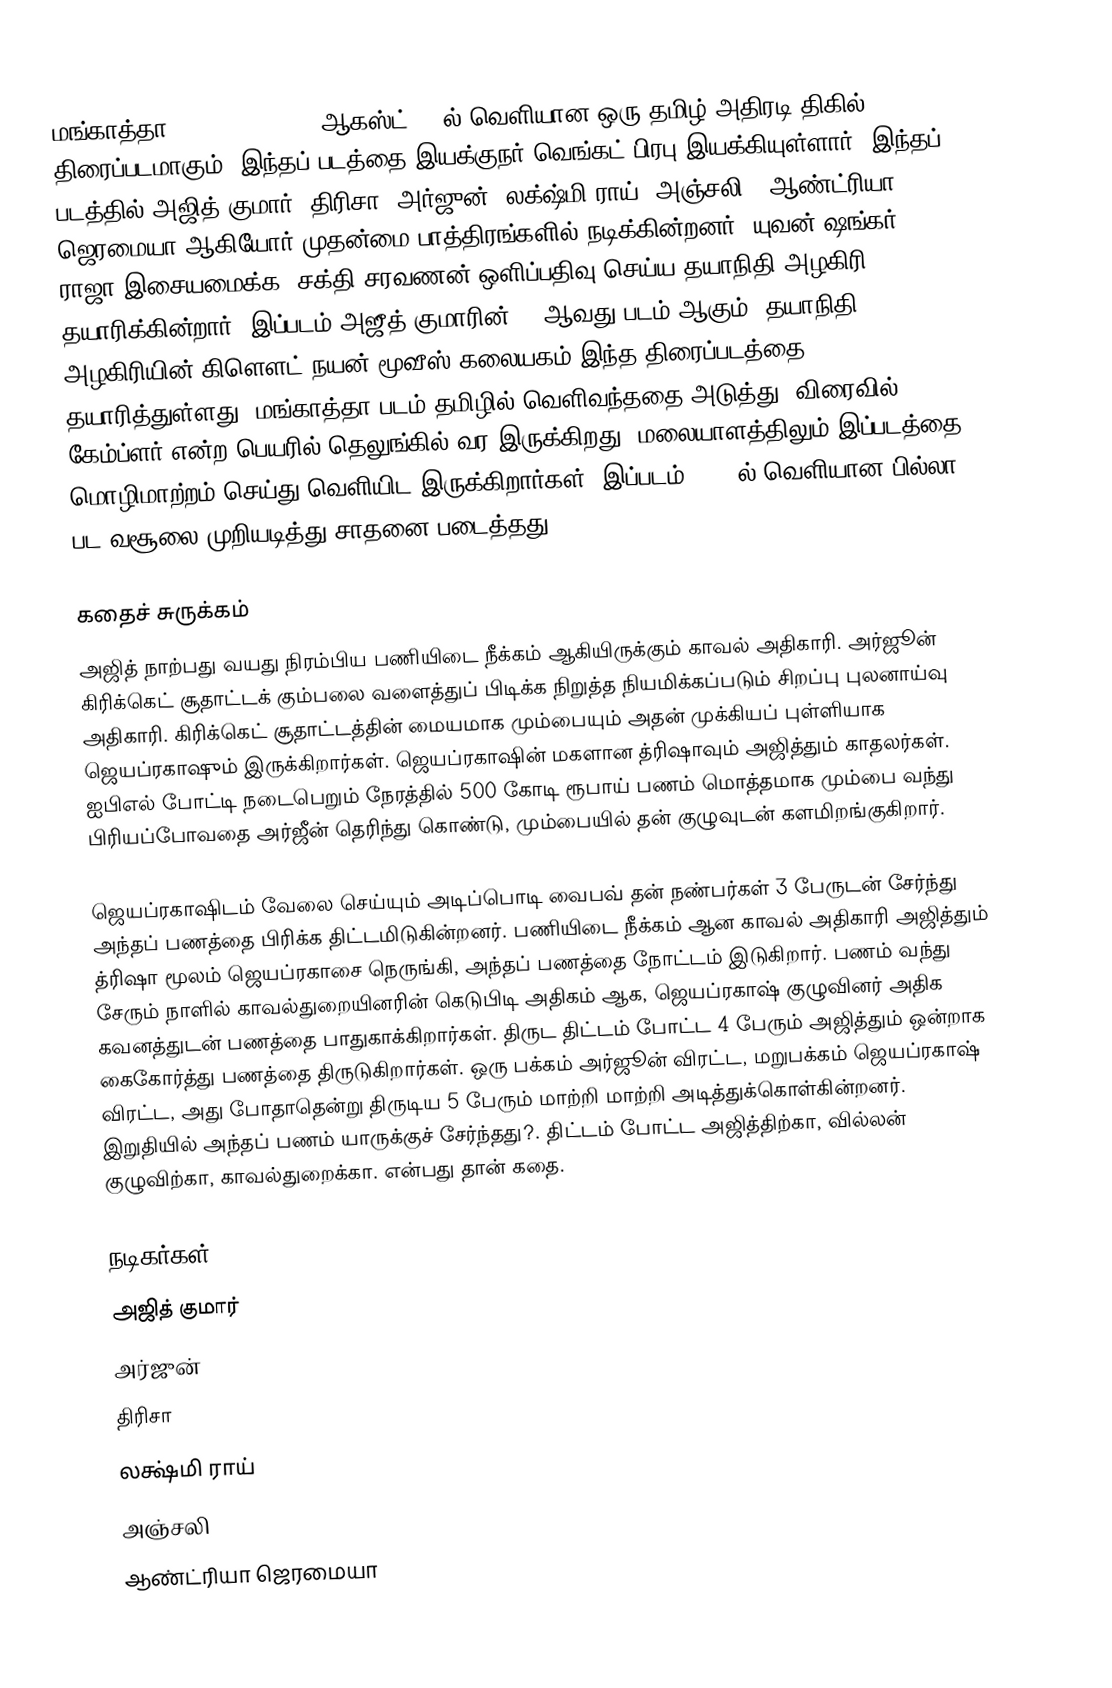
மங்காத்தா (Mankatha) 2011 ஆகஸ்ட் 31 ல் வெளியான ஒரு தமிழ் அதிரடி திகில் திரைப்படமாகும். இந்தப் படத்தை இயக்குநர் வெங்கட் பிரபு இயக்கியுள்ளார். இந்தப் படத்தில் அஜித் குமார், திரிசா, அர்ஜுன், லக்ஷ்மி ராய், அஞ்சலி , ஆண்ட்ரியா ஜெரமையா  ஆகியோர் முதன்மை பாத்திரங்களில் நடிக்கின்றனர். யுவன் ஷங்கர் ராஜா இசையமைக்க, சக்தி சரவணன்  ஒளிப்பதிவு  செய்ய  தயாநிதி அழகிரி தயாரிக்கின்றார். இப்படம் அஜீத் குமாரின் 50 ஆவது படம் ஆகும். தயாநிதி அழகிரியின் கிளௌட் நயன் மூவீஸ் கலையகம் இந்த திரைப்படத்தை தயாரித்துள்ளது. மங்காத்தா படம் தமிழில் வெளிவந்ததை அடுத்து, விரைவில் கேம்ப்ளர் என்ற பெயரில் தெலுங்கில் வர இருக்கிறது. மலையாளத்திலும் இப்படத்தை மொழிமாற்றம் செய்து வெளியிட இருக்கிறார்கள். இப்படம் 2007-ல் வெளியான பில்லா பட வசூலை முறியடித்து சாதனை படைத்தது.

கதைச் சுருக்கம்
அஜித் நாற்பது வயது நிரம்பிய பணியிடை நீக்கம் ஆகியிருக்கும் காவல் அதிகாரி. அர்ஜூன் கிரிக்கெட் சூதாட்டக் கும்பலை வளைத்துப் பிடிக்க நிறுத்த நியமிக்கப்படும் சிறப்பு புலனாய்வு அதிகாரி. கிரிக்கெட் சூதாட்டத்தின் மையமாக மும்பையும் அதன் முக்கியப் புள்ளியாக ஜெயப்ரகாஷும் இருக்கிறார்கள். ஜெயப்ரகாஷின் மகளான த்ரிஷாவும் அஜித்தும் காதலர்கள். ஐபிஎல் போட்டி நடைபெறும் நேரத்தில் 500 கோடி ரூபாய் பணம் மொத்தமாக மும்பை வந்து பிரியப்போவதை அர்ஜீன் தெரிந்து கொண்டு, மும்பையில் தன் குழுவுடன் களமிறங்குகிறார்.

ஜெயப்ரகாஷிடம் வேலை செய்யும் அடிப்பொடி வைபவ் தன் நண்பர்கள் 3 பேருடன் சேர்ந்து அந்தப் பணத்தை பிரிக்க திட்டமிடுகின்றனர். பணியிடை நீக்கம் ஆன காவல் அதிகாரி அஜித்தும் த்ரிஷா மூலம் ஜெயப்ரகாசை நெருங்கி, அந்தப் பணத்தை நோட்டம் இடுகிறார். பணம் வந்து சேரும் நாளில் காவல்துறையினரின் கெடுபிடி அதிகம் ஆக, ஜெயப்ரகாஷ் குழுவினர் அதிக கவனத்துடன் பணத்தை பாதுகாக்கிறார்கள். திருட திட்டம் போட்ட 4 பேரும் அஜித்தும் ஒன்றாக கைகோர்த்து பணத்தை திருடுகிறார்கள். ஒரு பக்கம் அர்ஜூன் விரட்ட, மறுபக்கம் ஜெயப்ரகாஷ் விரட்ட, அது போதாதென்று திருடிய 5 பேரும் மாற்றி மாற்றி அடித்துக்கொள்கின்றனர். இறுதியில் அந்தப் பணம் யாருக்குச் சேர்ந்தது?. திட்டம் போட்ட அஜித்திற்கா, வில்லன் குழுவிற்கா, காவல்துறைக்கா. என்பது தான் கதை.

நடிகர்கள்
 அஜித் குமார்
 அர்ஜுன்
 திரிசா
 லக்ஷ்மி ராய்
 அஞ்சலி
 ஆண்ட்ரியா ஜெரமையா